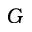
G